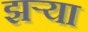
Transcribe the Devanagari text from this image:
झऱ्या